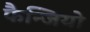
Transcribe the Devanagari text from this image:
फैन्जियो